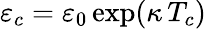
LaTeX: \varepsilon_{c}=\varepsilon_{0}\exp(\kappa\, T_{c})